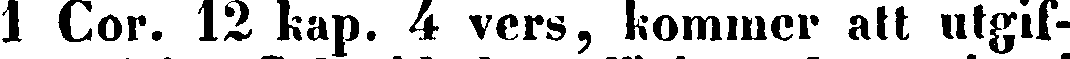
1 Cor. 12 kap. 4 vers, kommer att utgif-